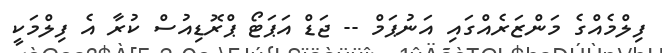
ފިލްމެއްގެ މަންޒަރެއްގައި އަނުޕަމް -- ޖަޑް އަޕަޓޯ ޕްރޮޑިއުސް ކުރާ އެ ފިލްމަކީ